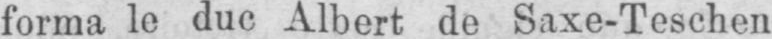
forma le duc Albert de Saxe-Teschen